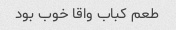
طعم کباب واقا خوب بود